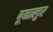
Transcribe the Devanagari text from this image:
पूनालुर